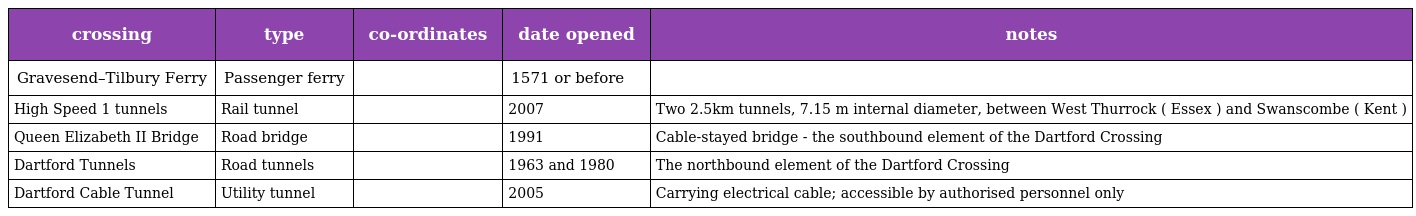
| crossing | type | co-ordinates | date opened | notes |
 | --- | --- | --- | --- | --- |
 | Gravesend–Tilbury Ferry | Passenger ferry |  | 1571 or before |  |
 | High Speed 1 tunnels | Rail tunnel |  | 2007 | Two 2.5km tunnels, 7.15 m internal diameter, between West Thurrock ( Essex ) and Swanscombe ( Kent ) |
 | Queen Elizabeth II Bridge | Road bridge |  | 1991 | Cable-stayed bridge - the southbound element of the Dartford Crossing |
 | Dartford Tunnels | Road tunnels |  | 1963 and 1980 | The northbound element of the Dartford Crossing |
 | Dartford Cable Tunnel | Utility tunnel |  | 2005 | Carrying electrical cable; accessible by authorised personnel only |